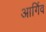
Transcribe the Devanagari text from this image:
आर्गिव